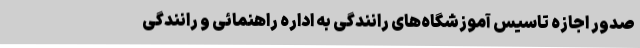
صدور اجازه تاسیس آموزشگاه‌های رانندگی به اداره راهنمائی و رانندگی